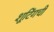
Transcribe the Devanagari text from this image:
शूटिंगची